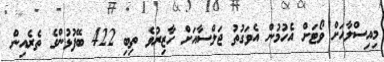
މިއިސްލާހަށް ވޯޓަށް އެހުމުން އެވަގުތު ޖަލްސާއަށް ހާޒިރުވެ ތިބި 422 ބޭފުޅުންގެ ތެރެއިން